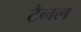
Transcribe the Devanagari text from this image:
टैनल